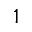
1